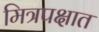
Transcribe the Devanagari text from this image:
मित्रपक्षात